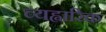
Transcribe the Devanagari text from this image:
व्यह्वारिक